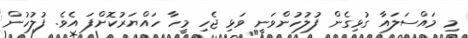
މި މައްސަލައާ ގުޅިގެން ފުލުހުންވަނީ ވަޅި ޖެހި މީހާ ހައްޔަރުކޮށްފަ އެވެ. ފުލުހުން